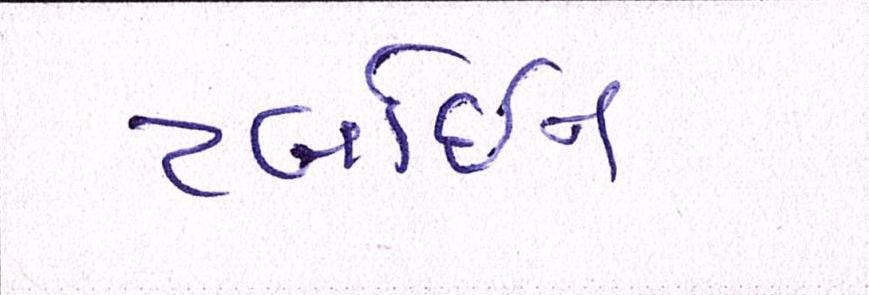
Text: ટર્બાઇન